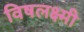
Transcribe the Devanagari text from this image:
विषलक्ष्मी